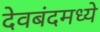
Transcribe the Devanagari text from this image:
देवबंदमध्ये